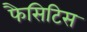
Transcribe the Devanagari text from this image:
फैसिटिस